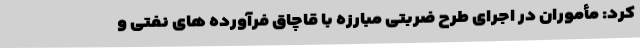
کرد: مأموران در اجرای طرح ضربتی مبارزه با قاچاق فرآورده های نفتی و